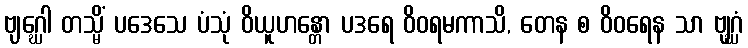
ဗျဂ္ဃေါ တသ္မိံ ပဒေသေ ပံသုံ ဝိယူဟန္တော ပဒရေ ဝိဝရမကာသိ, တေန စ ဝိဝရေန သာ ဗျဂ္ဃံ